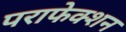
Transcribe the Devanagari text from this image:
पराफेक्शन